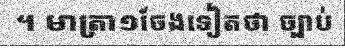
។ មាត្រា១ចែងទៀតថា ច្បាប់